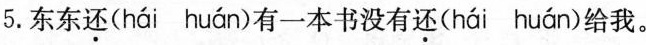
5.东东还(hái huán)有一本书没有还(hái huán)给我。